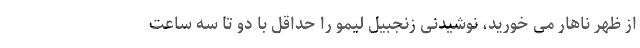
از ظهر ناهار می خورید، نوشیدنی زنجبیل لیمو را حداقل با دو تا سه ساعت